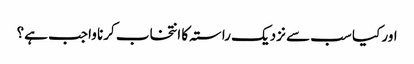
اور کیا سب سے نزدیک راستہ کا انتخاب کرنا واجب ہے؟